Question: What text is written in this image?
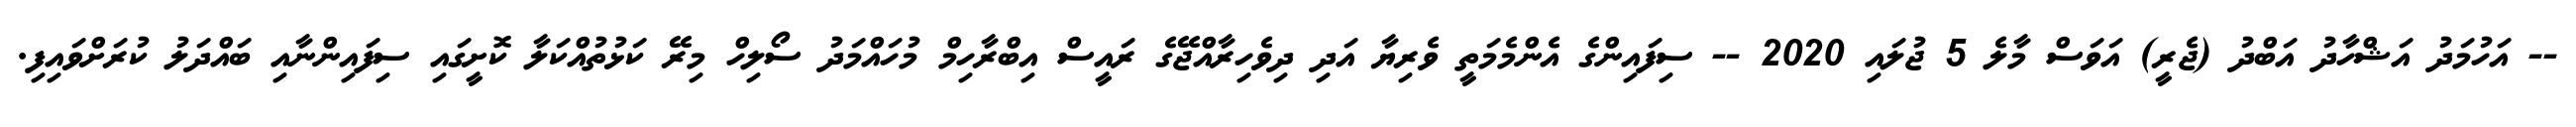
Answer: -- އަހުމަދު އަޝްހާދު އަބްދު (ޖެރީ) އަވަސް މާލެ 5 ޖުލައި 2020 -- ސިފައިންގެ އެންމެމަތީ ވެރިޔާ އަދި ދިވެހިރާއްޖޭގެ ރައީސް އިބްރާހިމް މުހައްމަދު ސޯލިހް މިރޭ ކަޅުތުއްކަލާ ކޮށީގައި ސިފައިންނާއި ބައްދަލު ކުރަށްވައިފި.